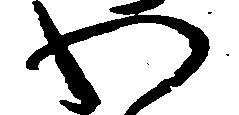
わ